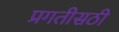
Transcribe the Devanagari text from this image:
प्रगतीसठी